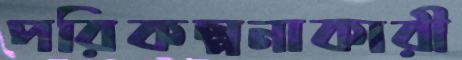
পরিকল্পনাকারী